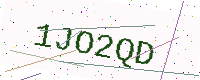
Text: 1JO2QD